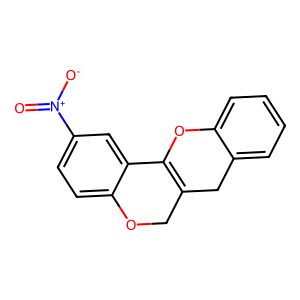
SMILES: O=[N+]([O-])c1ccc2c(c1)C1=C(CO2)Cc2ccccc2O1
Inhibits HIV replication: No